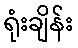
ရုံးချိန်း